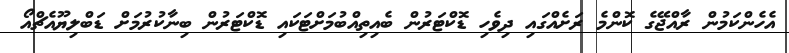
އެހެންކަމުން ރާއްޖޭގެ ކޮންމެ ރަށެއްގައި ދިވެހި ޑޮކްޓަރުން ބެއިތިއްބުމަށްޓަކައި ޑޮކްޓަރުން ބިނާކުރުމަށް ޑަބްލިޔޫއެޗްއޯ